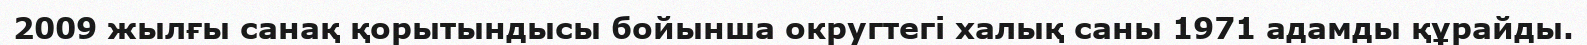
2009 жылғы санақ қорытындысы бойынша округтегі халық саны 1971 адамды құрайды.